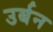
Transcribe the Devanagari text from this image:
उर्बन